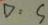
D : S